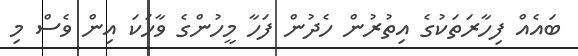
ބައެއް ފިހާރަތަކުގެ އިތުރުން ހެދުން ފަހާ މީހުންގެ ވާހަކަ އިން ވެސް މި